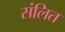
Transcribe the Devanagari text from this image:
संलित